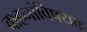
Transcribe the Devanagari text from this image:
वाहनांविषयक